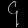
Digit: ၄